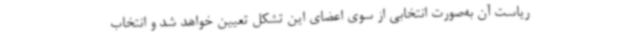
ریاست آن به‌صورت انتخابی از سوی اعضای این تشکل تعیین خواهد شد و انتخاب